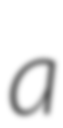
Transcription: a